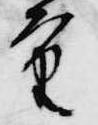
重